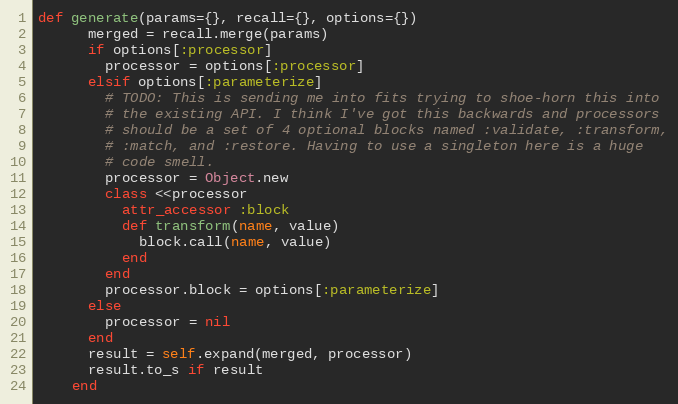
Language: Ruby
def generate(params={}, recall={}, options={})
      merged = recall.merge(params)
      if options[:processor]
        processor = options[:processor]
      elsif options[:parameterize]
        # TODO: This is sending me into fits trying to shoe-horn this into
        # the existing API. I think I've got this backwards and processors
        # should be a set of 4 optional blocks named :validate, :transform,
        # :match, and :restore. Having to use a singleton here is a huge
        # code smell.
        processor = Object.new
        class <<processor
          attr_accessor :block
          def transform(name, value)
            block.call(name, value)
          end
        end
        processor.block = options[:parameterize]
      else
        processor = nil
      end
      result = self.expand(merged, processor)
      result.to_s if result
    end